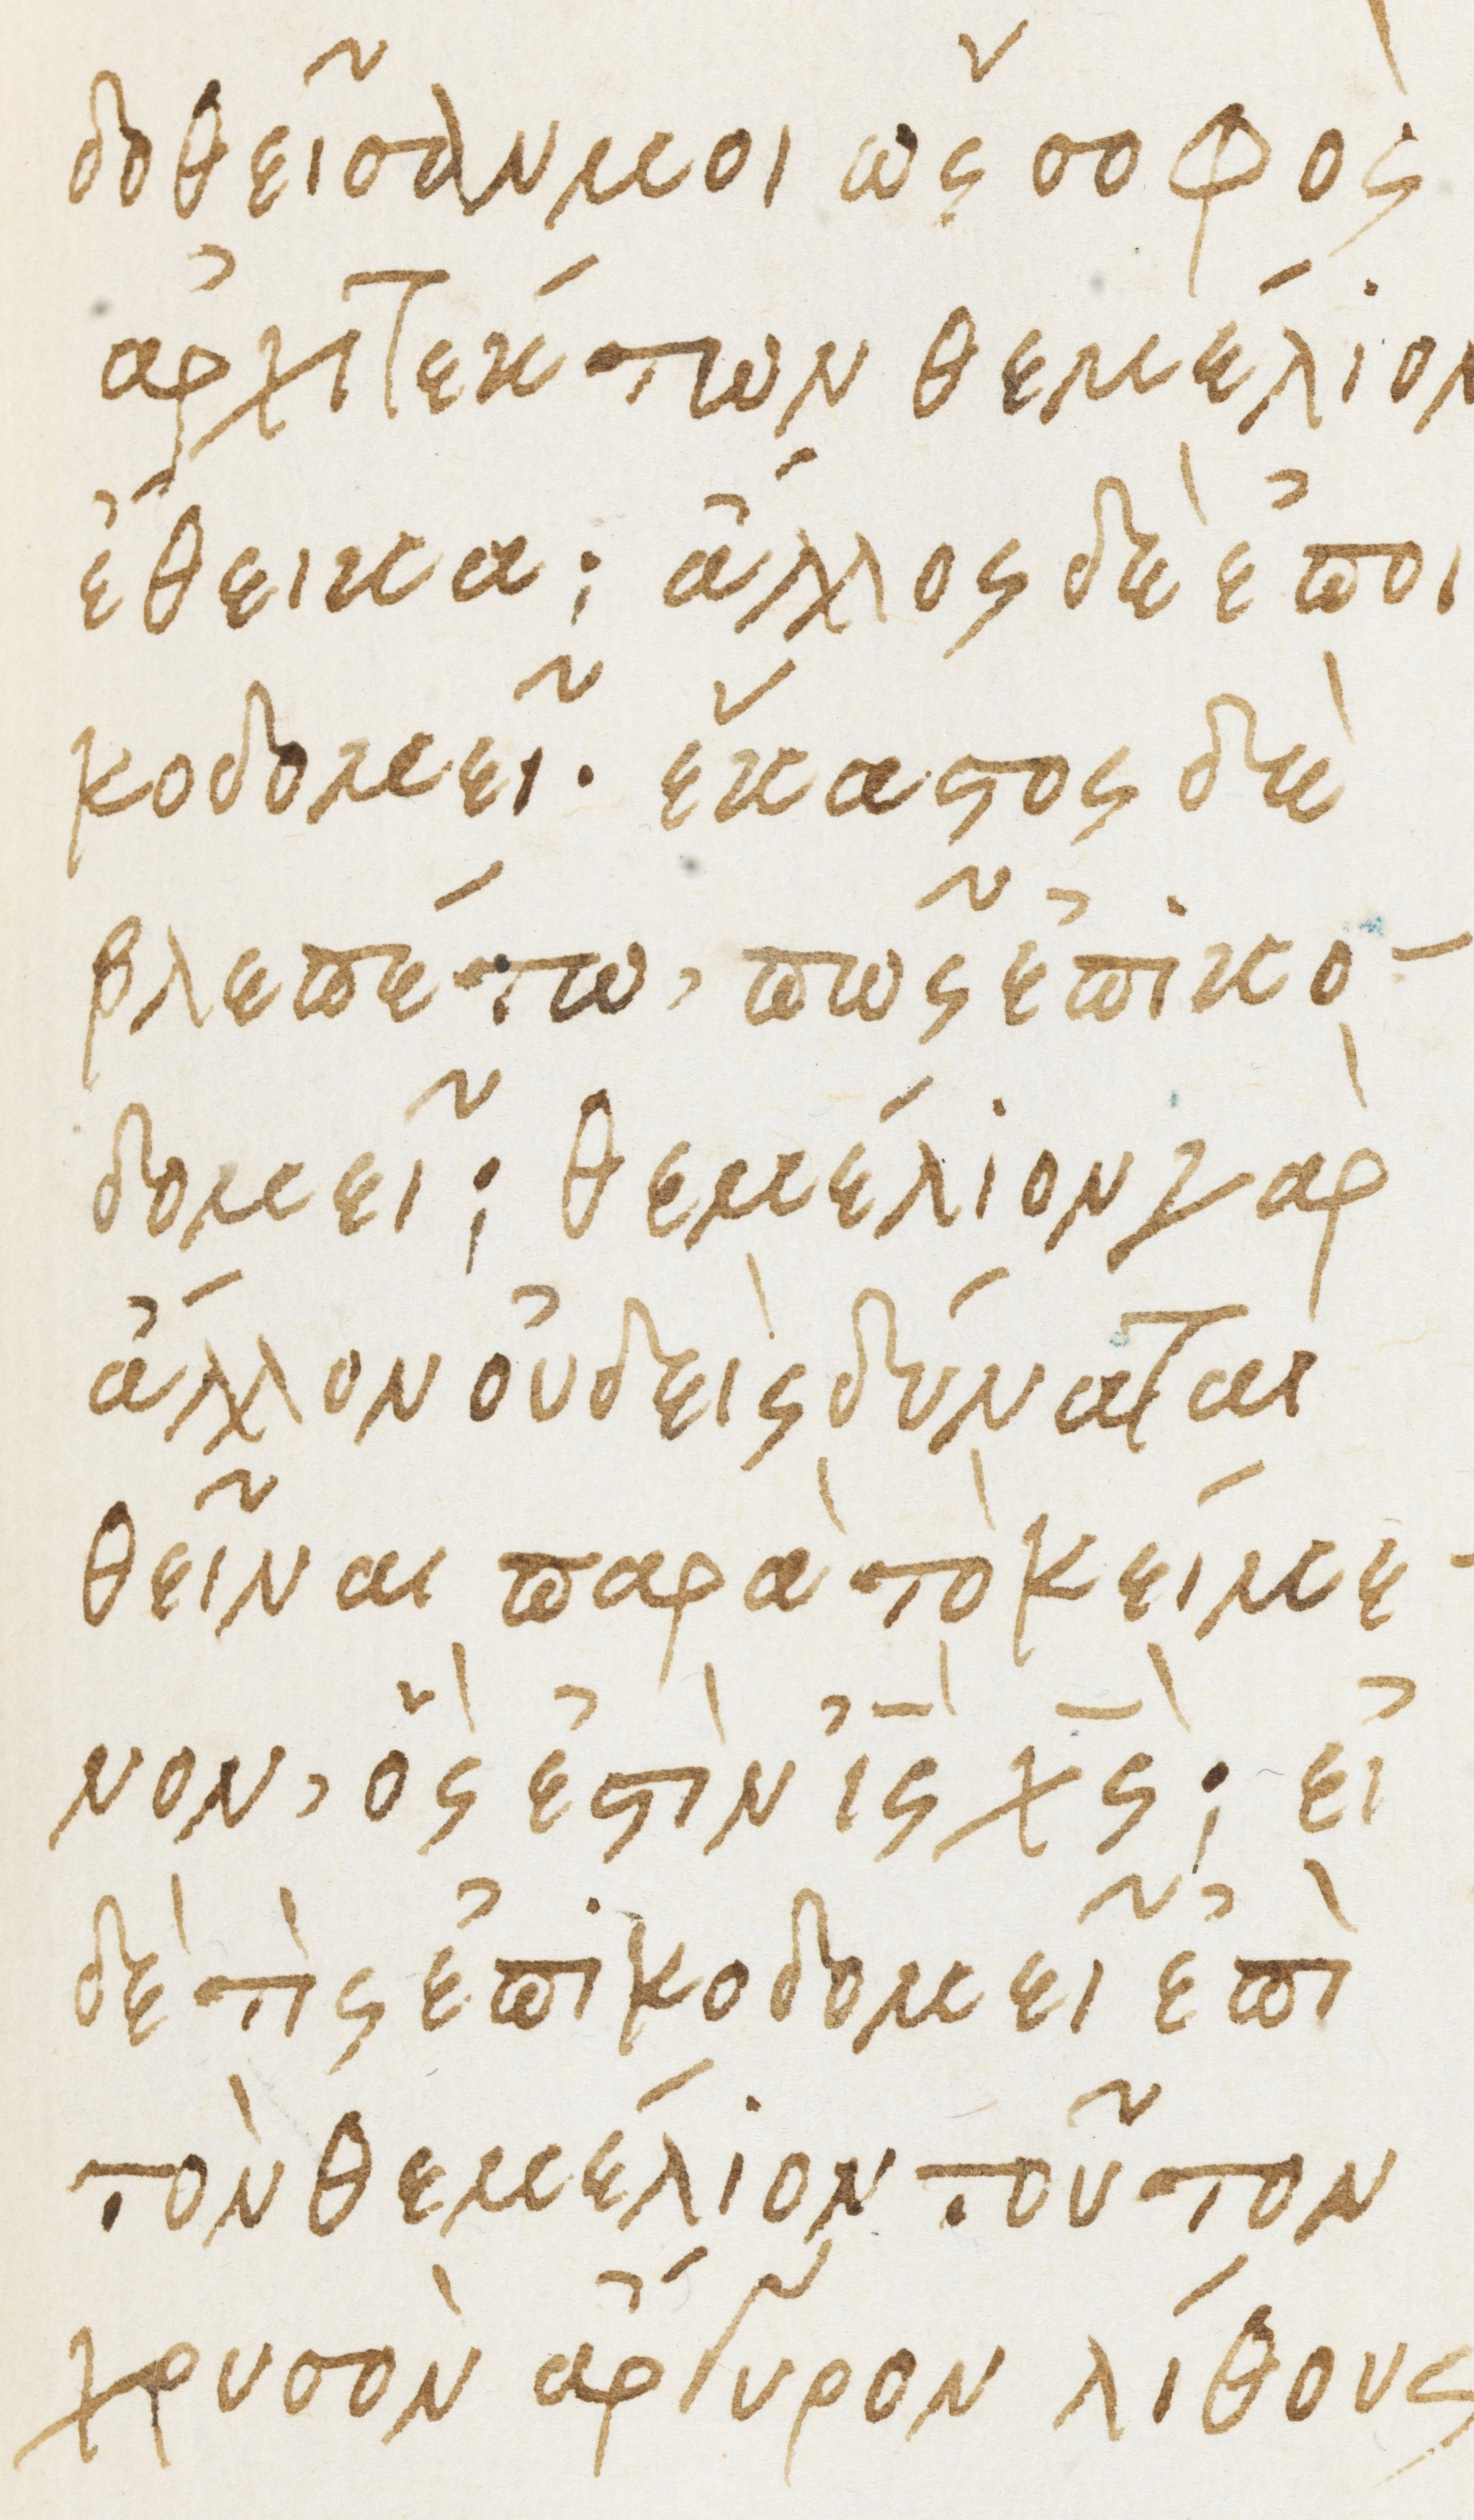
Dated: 1475–1499